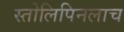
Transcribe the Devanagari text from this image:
स्तोलिपिनलाच